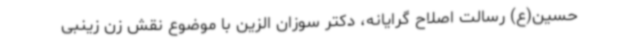
حسین(ع) رسالت اصلاح گرایانه، دکتر سوزان الزین با موضوع نقش زن زینبی